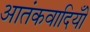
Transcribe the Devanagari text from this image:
आतंकवादियोँ